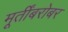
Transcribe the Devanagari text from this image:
मूर्तींबरोबर